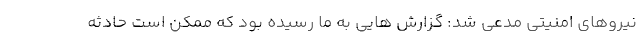
نیروهای امنیتی مدعی شد: گزارش هایی به ما رسیده بود که ممکن است حادثه